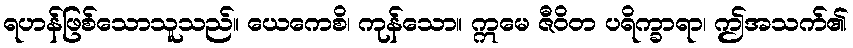
ရဟန်ဖြစ်သောသူသည်။ ယေကေစိ၊ ကုန်သော။ ဣမေ ဇီဝိတ ပရိက္ခာရာ၊ ဤအသက်၏